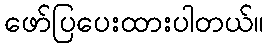
ဖော်ပြပေးထားပါတယ်။